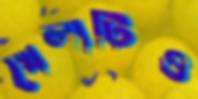
খেলাটিও